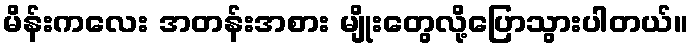
မိန်းကလေး အတန်းအစား မျိုးတွေလို့ပြောသွားပါတယ်။